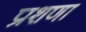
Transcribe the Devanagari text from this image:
प्राशणा